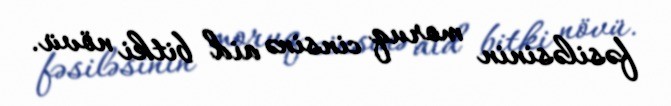
fəsiləsinin moruq cinsinə aid bitki növü.